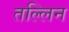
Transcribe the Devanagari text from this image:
तल्लिन